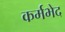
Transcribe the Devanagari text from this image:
कर्मभेद